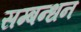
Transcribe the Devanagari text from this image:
सम्बन्धन